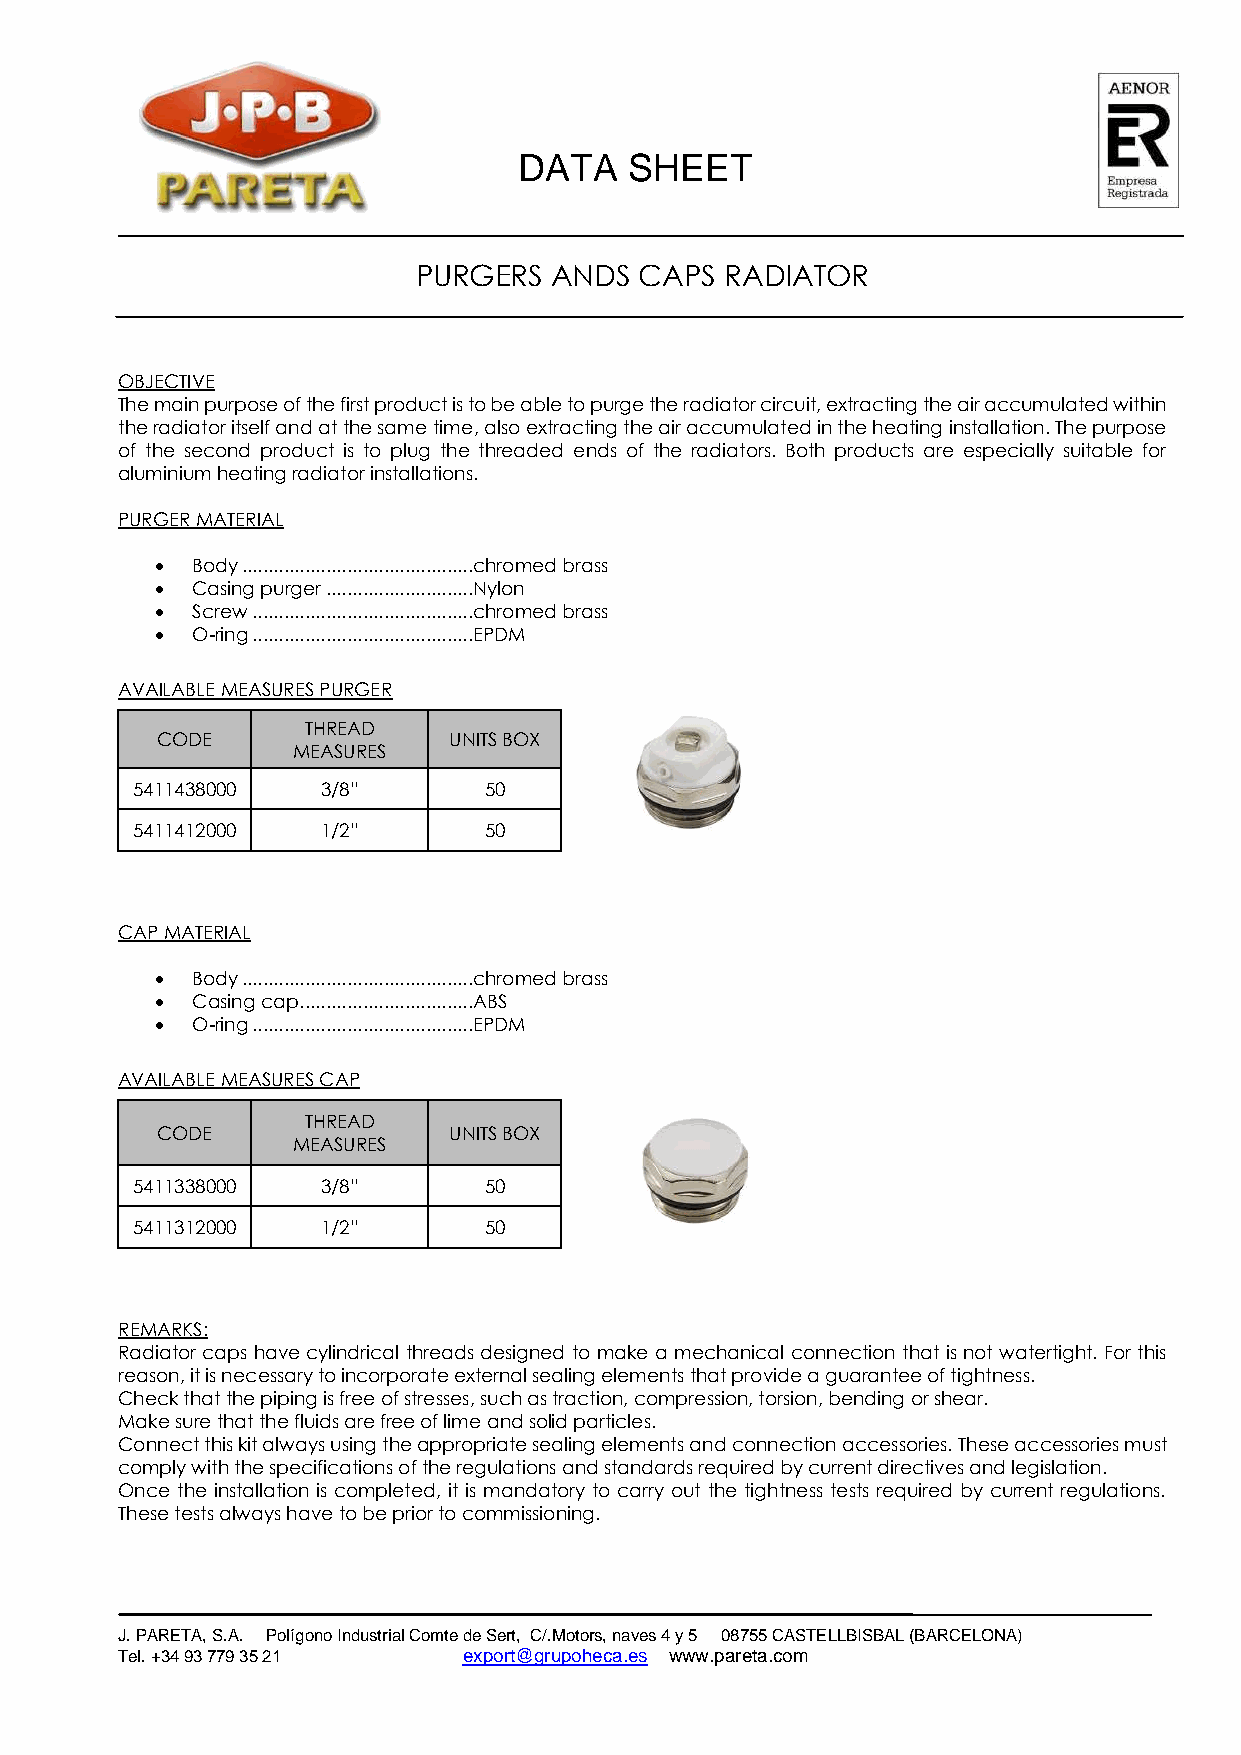
DATA    SHEET
 PURGERS  ANDS CAPS  RADIATOR
 OBJECTIVE
 The main purpose of the first product is to be able to purge the radiator circuit, extracting the air accumulated within
 the radiator itself and at the same time, also extracting the air accumulated in the heating installation. The purpose
 of the second product is to plug the threaded ends of the radiators. Both products are especially suitable for
 aluminium heating radiator installations.
 PURGER MATERIAL
 •  Body ............................................chromed brass
 •  Casing purger ............................Nylon
 •  Screw ..........................................chromed brass
 •  O-ring ..........................................EPDM
 AVAILABLE MEASURES PURGER
 THREAD
 CODE                UNITS BOX
 MEASURES
 5411438000  3/8”       50
 5411412000  1/2”       50
 CAP MATERIAL
 •  Body ............................................chromed brass
 •  Casing cap .................................ABS
 •  O-ring ..........................................EPDM
 AVAILABLE MEASURES CAP
 THREAD
 CODE                UNITS BOX
 MEASURES
 5411338000  3/8”       50
 5411312000  1/2”       50
 REMARKS:
 Radiator caps have cylindrical threads designed to make a mechanical connection that is not watertight. For this
 reason, it is necessary to incorporate external sealing elements that provide a guarantee of tightness.
 Check that the piping is free of stresses, such as traction, compression, torsion, bending or shear.
 Make sure that the fluids are free of lime and solid particles.
 Connect this kit always using the appropriate sealing elements and connection accessories. These accessories must
 comply with the specifications of the regulations and standards required by current directives and legislation.
 Once the installation is completed, it is mandatory to carry out the tightness tests required by current regulations.
 These tests always have to be prior to commissioning.
 J. PARETA, S.A. Polígono Industrial Comte de Sert, C/.Motors, naves 4 y 5 08755 CASTELLBISBAL (BARCELONA)
 Tel. +34 93 779 35 21  export@grupoheca.es www.pareta.com